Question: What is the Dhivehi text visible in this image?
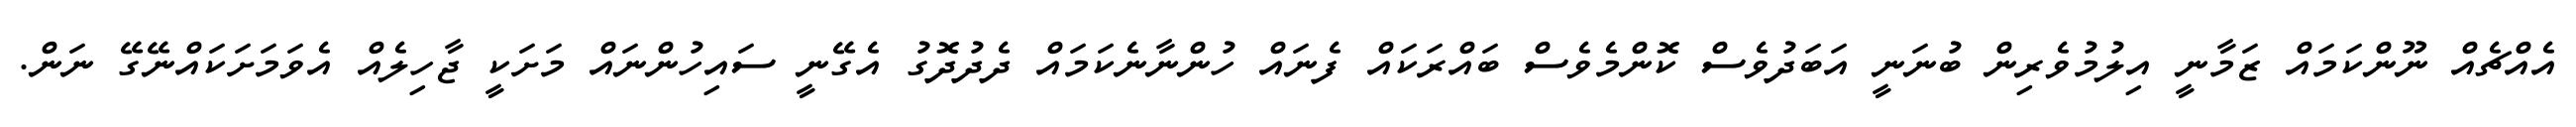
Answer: އެއްޗެއް ނޫންކަމައް ޒަމާނީ އިލުމުވެރިން ބުނަނީ އަބަދުވެސް ކޮންމެވެސް ބައްރަކައް ފެނައް ހުންނާނެކަމައް ދެދުދޮގު އެގޭނީ ސައިހުންނައް މަށަކީ ޖާހިލެއް އެވަމަށަކައްނޭގޭ ނަން.